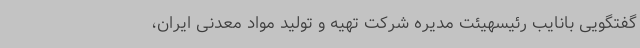
گفتگویی بانایب رئیسهیئت مدیره شرکت تهیه و تولید مواد معدنی ایران،